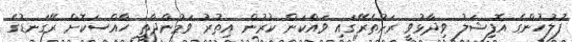
ފުލުހުންގެ އޮފިޝަލު ވިދާޅުވީ ރަށުތެރޭގައި ވައްކަން ކުރުން އިތުރު ވަމުންދާތީ ހާއްސަކޮށް ރޭގަނޑުގެ